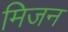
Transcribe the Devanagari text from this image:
मिजन